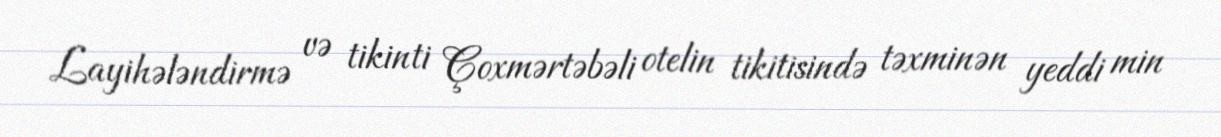
Layihələndirmə və tikinti Çoxmərtəbəli otelin tikitisində təxminən yeddi min